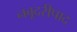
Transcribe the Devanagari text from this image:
नबूदरीपाद